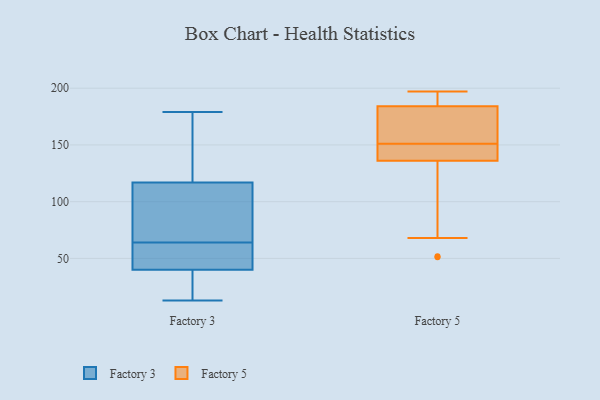
{"axis": {"x": "Humidity (%)", "y": "Value"}, "legend": ["Factory 3", "Factory 5"], "data": [{"x": "", "y": 15, "type": "Factory 3"}, {"x": "", "y": 13, "type": "Factory 3"}, {"x": "", "y": 61, "type": "Factory 3"}, {"x": "", "y": 165, "type": "Factory 3"}, {"x": "", "y": 40, "type": "Factory 3"}, {"x": "", "y": 22, "type": "Factory 3"}, {"x": "", "y": 121, "type": "Factory 3"}, {"x": "", "y": 40, "type": "Factory 3"}, {"x": "", "y": 88, "type": "Factory 3"}, {"x": "", "y": 105, "type": "Factory 3"}, {"x": "", "y": 85, "type": "Factory 3"}, {"x": "", "y": 74, "type": "Factory 3"}, {"x": "", "y": 36, "type": "Factory 3"}, {"x": "", "y": 52, "type": "Factory 3"}, {"x": "", "y": 171, "type": "Factory 3"}, {"x": "", "y": 179, "type": "Factory 3"}, {"x": "", "y": 57, "type": "Factory 3"}, {"x": "", "y": 126, "type": "Factory 3"}, {"x": "", "y": 64, "type": "Factory 3"}, {"x": "", "y": 190, "type": "Factory 5"}, {"x": "", "y": 160, "type": "Factory 5"}, {"x": "", "y": 195, "type": "Factory 5"}, {"x": "", "y": 52, "type": "Factory 5"}, {"x": "", "y": 136, "type": "Factory 5"}, {"x": "", "y": 156, "type": "Factory 5"}, {"x": "", "y": 180, "type": "Factory 5"}, {"x": "", "y": 144, "type": "Factory 5"}, {"x": "", "y": 137, "type": "Factory 5"}, {"x": "", "y": 184, "type": "Factory 5"}, {"x": "", "y": 197, "type": "Factory 5"}, {"x": "", "y": 146, "type": "Factory 5"}, {"x": "", "y": 68, "type": "Factory 5"}, {"x": "", "y": 51, "type": "Factory 5"}]}